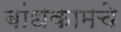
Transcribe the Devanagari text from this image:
बांधकामचे